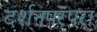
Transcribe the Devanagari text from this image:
दर्शनपरंपरा